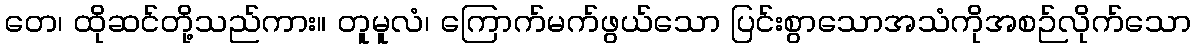
တေ၊ ထိုဆင်တို့သည်ကား။ တူမူလံ၊ ကြောက်မက်ဖွယ်သော ပြင်းစွာသောအသံကိုအစဉ်လိုက်သော